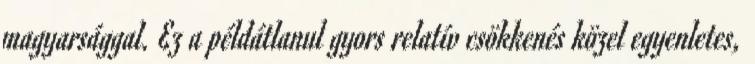
magyarsággal. Ez a példátlanul gyors relatív csökkenés közel egyenletes,